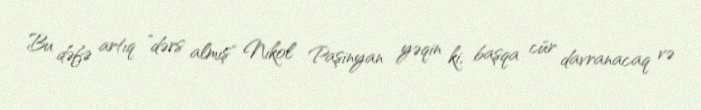
Bu dəfə artıq ”dərs almış" Nikol Paşinyan yəqin ki, başqa cür davranacaq və